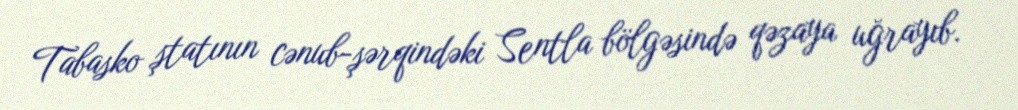
Tabasko ştatının cənub-şərqindəki Sentla bölgəsində qəzaya uğrayıb.